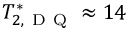
T _ { 2 , \mathrm { ~ D ~ Q ~ } } ^ { * } \approx 1 4